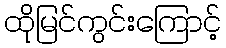
ထိုမြင်ကွင်းကြောင့်